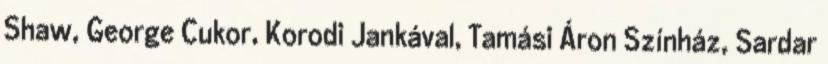
Shaw, George Cukor, Korodi Jankával, Tamási Áron Színház, Sardar